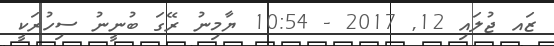
ޒައ ޖުލައި 12